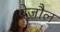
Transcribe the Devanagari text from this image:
ऐज़ौल